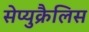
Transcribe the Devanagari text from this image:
सेप्युक्रैलिस